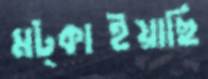
মট্‌কাইয়াছি